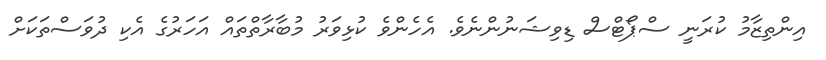
އިންތިޒާމު ކުރަނީ ސްޕޯޓްސް ޑިވިޝަނުންނެވެ. އެހެންވެ ކުޅިވަރު މުބާރާތްތައް އަހަރުގެ އެކި ދުވަސްތަކަށް